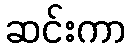
ဆင်းကာ